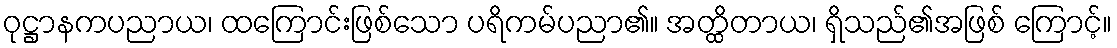
ဝုဋ္ဌာနကပညာယ၊ ထကြောင်းဖြစ်သော ပရိကမ်ပညာ၏။ အတ္ထိတာယ၊ ရှိသည်၏အဖြစ် ကြောင့်။